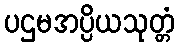
ပဌမအပ္ပိယသုတ္တံ